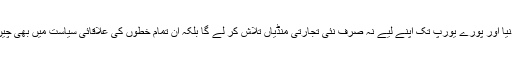
اس طرح چین مغربی ایشیاء، وسط ایشیاء، اور جنوبی ایشیاء کے علاوہ عرب دنیا اور پورے یورپ تک اپنے لیے نہ صرف نئی تجارتی منڈیاں تلاش کر لے گا بلکہ ان تمام خطوں کی علاقائی سیاست میں بھی چین آنے والے وقتوں میں ایک نہایت موئثراور فعال کردار بن کر سامنے آئے گا۔